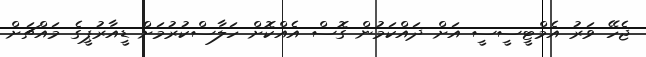
ޖެހޭ ވަރު އެމްޓީސީސީ އަށް ދައްކަމުން ގޮސް އެއްކޮށް ހަލާސްކުރުމަށް ޑީއާރުޕީގެ މައްޗަށް